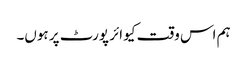
ہم اس وقت کیو ائر پورٹ پر ہوں۔